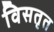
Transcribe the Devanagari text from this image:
विसतृत